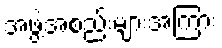
အဖွဲ့အစည်းများအကြား